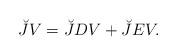
LaTeX: \begin{align*}\breve{J}V=\breve{J}DV+\breve{J}EV. \end{align*}